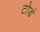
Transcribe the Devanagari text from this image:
टोडं